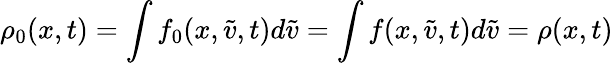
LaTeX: \rho_{0}(x,t)=\int f_{0}(x,\tilde{v},t)d\tilde{v}=\int f(x,\tilde{v},t)d\tilde{v}=\rho(x,t)